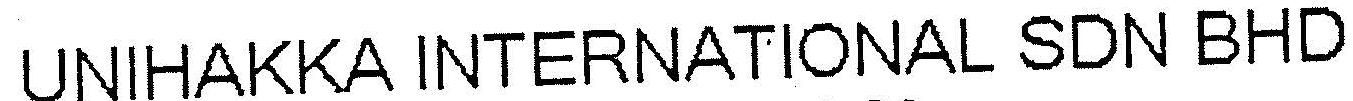
UNIHAKKA INTERNATIONAL SDN BHD